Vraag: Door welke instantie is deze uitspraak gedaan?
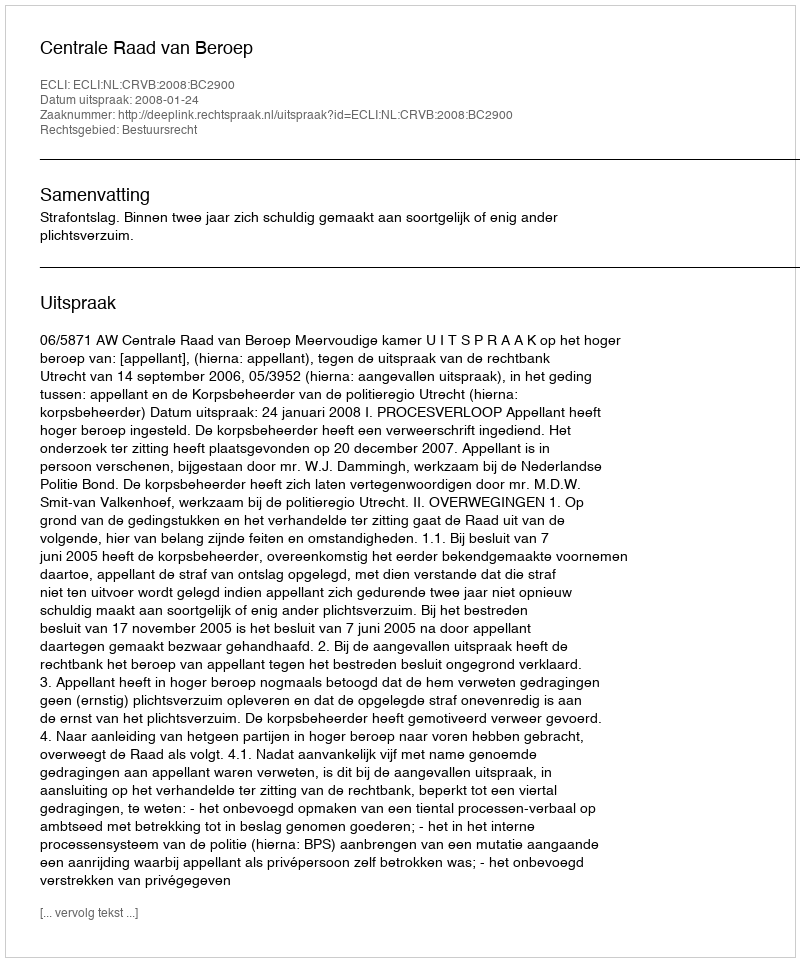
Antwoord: Centrale Raad van Beroep